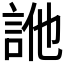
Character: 𧦭